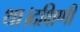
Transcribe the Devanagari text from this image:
था।दक्षिणी